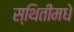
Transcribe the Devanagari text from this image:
स्थितींमधे